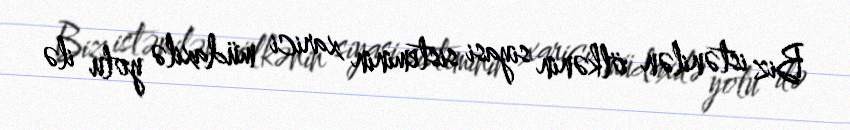
Biz istənilən ölkənin siyasi sisteminin xarici müdaxilə yolu ilə